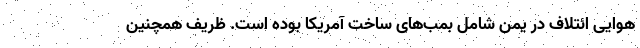
هوایی ائتلاف در یمن شامل بمب‌های ساخت آمریکا بوده است. ظریف همچنین